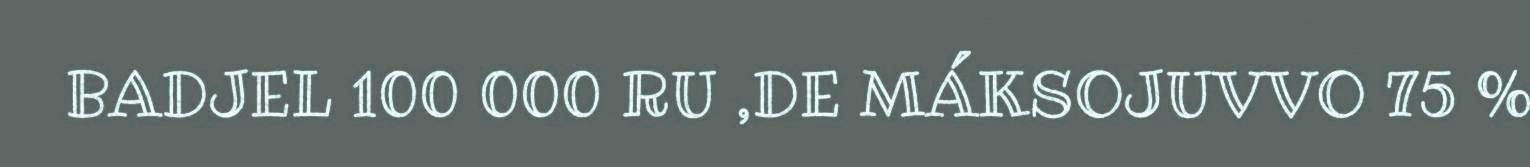
BADJEL 100 000 RU ,DE MÁKSOJUVVO 75 %